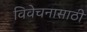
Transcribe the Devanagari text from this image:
विवेचनासाठी